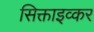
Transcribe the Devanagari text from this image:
सिक्ताइव्कर